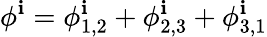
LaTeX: \phi^{\mathbf{i}}=\phi_{1,2}^{\mathbf{i}}+\phi_{2,3}^{\mathbf{i}}+\phi_{3,1}^{\mathbf{i}}